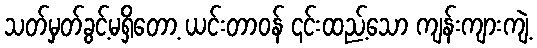
သတ်မှတ်ခွင့်မရှိတော့ ယင်းတာဝန် ၎င်းထည့်သော ကျန်းကျားကျဲ့